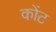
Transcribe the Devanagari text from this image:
कोंट